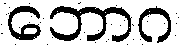
ဘောဂ